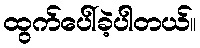
ထွက်ပေါ်ခဲ့ပါတယ်။